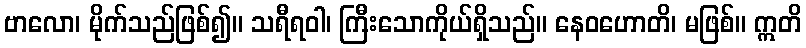
ဗာလော၊ မိုက်သည်ဖြစ်၍။ သရီရဝါ၊ ကြီးသောကိုယ်ရှိသည်။ နေဝဟောတိ၊ မဖြစ်။ ဣတိ